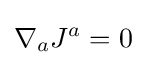
\nabla _{a}J^{a}=0